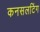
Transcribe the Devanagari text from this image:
कनसलटिंग